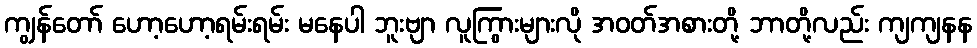
ကျွန်တော် ဟော့ဟော့ရမ်းရမ်း မနေပါ ဘူးဗျာ လူကြွားများလို အဝတ်အစားတို့ ဘာတို့လည်း ကျကျနန